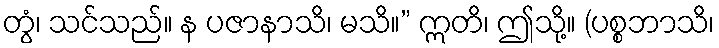
တွံ၊ သင်သည်။ န ပဇာနာသိ၊ မသိ။” ဣတိ၊ ဤသို့။ (ပစ္စဘာသိ၊